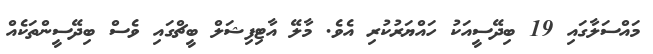
މައްސަލާގައި 19 ބިދޭސީއަކު ހައްޔަރުކުރި އެވެ. މާލޭ އާޓިފިޝަލް ބީޗްގައި ވެސް ބިދޭސީންތަކެއް